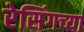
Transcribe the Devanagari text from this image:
रेसिंगच्या